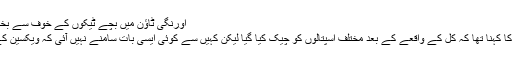
اورنگی ٹاؤن میں بچے ٹیکوں کے خوف سے بخار میں مبتلاہوئے، ڈسٹرکٹ ہیلتھ افسر
ڈسٹرکٹ ہیلتھ افسر غربی ڈاکٹر شفیق کا کہنا تھا کہ کل کے واقعے کے بعد مختلف اسپتالوں کو چیک کیا گیا لیکن کہیں سے کوئی ایسی بات سامنے نہیں آئی کہ ویکسین کے بعد بچوں کی حالت خراب ہوئی ہو ۔